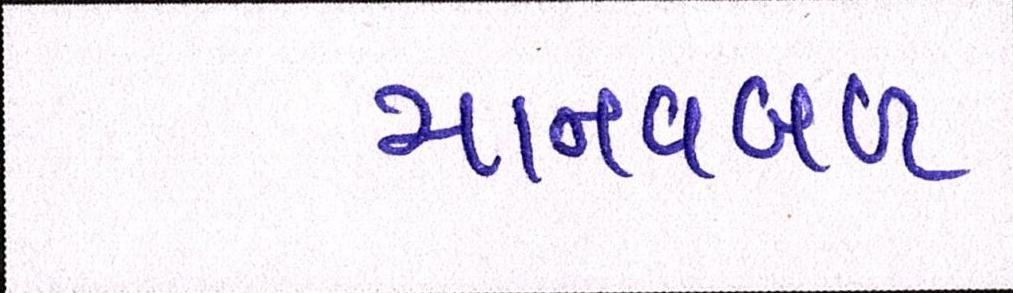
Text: માનવબળ